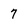
Character: 7